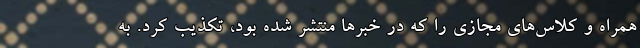
همراه و کلاس‌های مجازی را که در خبرها منتشر شده بود، تکذیب کرد. به